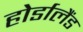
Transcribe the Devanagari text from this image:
होर्डालैंड